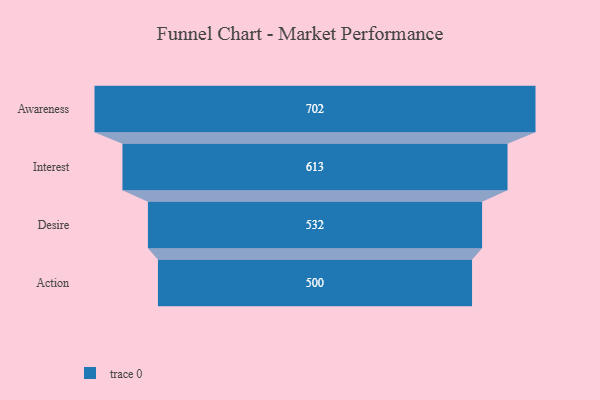
{"axis": {"x": "Stage", "y": "Value"}, "legend": [""], "data": [{"x": "Awareness", "y": 702.0, "type": ""}, {"x": "Interest", "y": 613.0, "type": ""}, {"x": "Desire", "y": 532.0, "type": ""}, {"x": "Action", "y": 500, "type": ""}]}